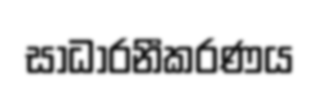
සාධාරනීකරණය